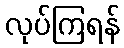
လုပ်ကြရန်